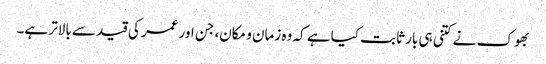
بھوک نے کتنی ہی بار ثابت کیا ہے کہ وہ زمان و مکان، جن اور عمر کی قید سے بالاتر ہے۔